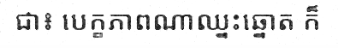
ជា៖ បេក្ខភាពណាឈ្នះឆ្នោត ក៏